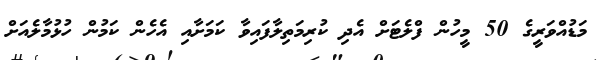
މަޑުއްވަރީގެ 50 މީހުން ފްލެޓަށް އެދި ކުރިމަތިލާފައިވާ ކަމަށާއި އެހެން ކަމުން ހުޅުމާލެއަށް